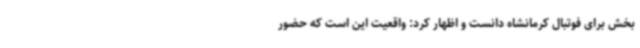
بخش برای فوتبال کرمانشاه دانست و اظهار کرد: واقعیت این است که حضور